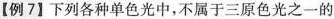
【例7】下列各种单色光中，不属于三原色光之一的